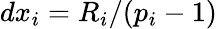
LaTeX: dx_{i}=R_{i}/(p_{i}-1)